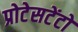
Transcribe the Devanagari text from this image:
प्रोटेसटेंटों